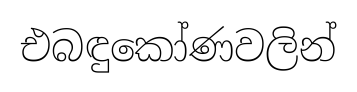
එබඳුකෝණවලින්